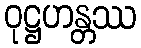
ဝုဋ္ဌဟန္တဿ